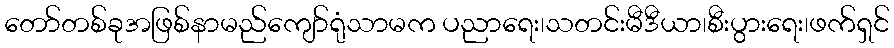
တော်တစ်ခုအဖြစ်နာမည်ကျော်ရုံသာမက ပညာရေး၊သတင်းမီဒီယာ၊စီးပွားရေး၊ဖက်ရှင်